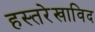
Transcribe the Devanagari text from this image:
हस्तरेखाविद